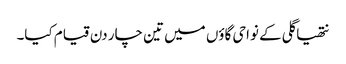
نتھیا گلی کے نواحی گاؤں میں تین چار دن قیام کیا۔